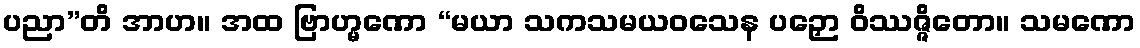
ပညာ”တိ အာဟ။ အထ ဗြာဟ္မဏော “မယာ သကသမယဝသေန ပဉှော ဝိဿဇ္ဇိတော။ သမဏော